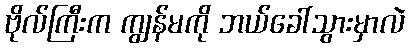
ဗိုလ်ကြီးက ကျွန်မကို ဘယ်ခေါ်သွားမှာလဲ